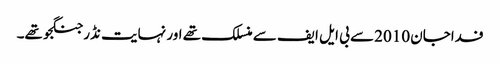
فداجان 2010 سے بی ایل ایف سے منسلک تھے اور نہایت نڈر جنگجو تھے۔